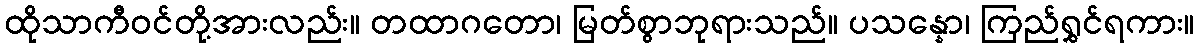
ထိုသာကီဝင်တို့အားလည်း။ တထာဂတော၊ မြတ်စွာဘုရားသည်။ ပသန္နော၊ ကြည်ရွှင်ရကား။